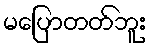
မပြောတတ်ဘူး